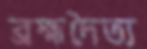
ব্রহ্মদৈত্য